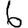
Digit: 6